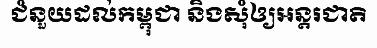
ជំនួយដល់កម្ពុជា និងសុំឲ្យអន្តរជាតិ